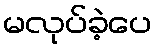
မလုပ်ခဲ့ပေ